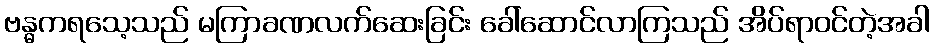
ဗန္ဓကရသေ့သည် မကြာခဏလက်ဆေးခြင်း ခေါ်ဆောင်လာကြသည် အိပ်ရာဝင်တဲ့အခါ